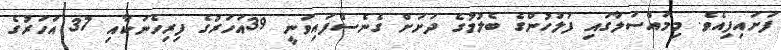
ފަށައިފިއެވެ. މިމައްސަަލާގައި ފުލުހުންގެ ބެލުމުގެ ދަށަށް ގެނެސްފައިވަނީ 39އަހަރުގެ ފިރިހެނަކާއި 37 އަހަރުގެ